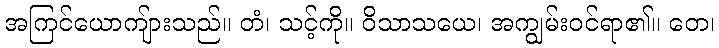
အကြင်ယောကျ်ားသည်။ တံ၊ သင့်ကို။ ဝိသာသယေ၊ အကျွမ်းဝင်ရာ၏။ တေ၊